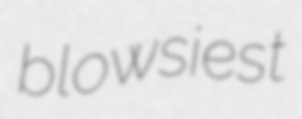
blowsiest